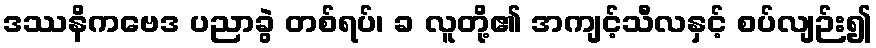
ဒဿနိကဗေဒ ပညာခွဲ တစ်ရပ်၊ ခ လူတို့၏ အကျင့်သီလနှင့် စပ်လျဉ်း၍